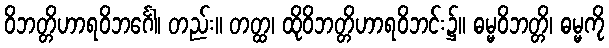
ဝိဘတ္တိဟာရဝိဘင်္ဂေါ၊ တည်း။ တတ္ထ၊ ထိုဝိဘတ္တိဟာရဝိဘင်း၌။ ဓမ္မဝိဘတ္တိ၊ ဓမ္မကို